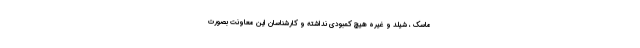
ماسک ، شیلد و غیره هیچ کمبودی نداشته و کارشناسان این معاونت بصورت